Report of the Imperial Institute of Veterinary Research, Muktesar
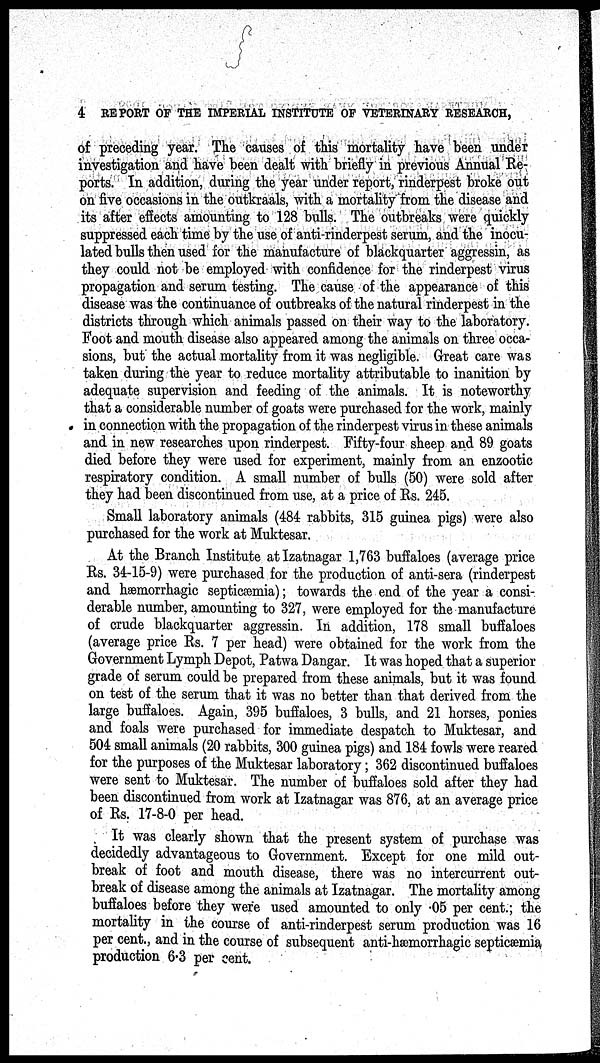
4 REPORT OF THE IMPERIAL INSTITUTE OF VETERINARY RESEARCH,
of preceding year. The causes of this mortality have been under
investigation and have been dealt with briefly in previous Annual Re-
ports. In addition, during the year under report, rinderpest broke out
on five occasions in the outkraals, with a mortality from the disease and
its after effects amounting to 128 bulls. The outbreaks were quickly
suppressed each time by the use of anti-rinderpest serum, and the inocu-
lated bulls then used for the manufacture of blackquarter aggressin, as
they could not be employed with confidence for the rinderpest virus
propagation and serum testing. The cause of the appearance of this
disease was the continuance of outbreaks of the natural rinderpest in the
districts through which animals passed on their way to the laboratory.
Foot and mouth disease also appeared among the animals on three occa-
sions, but the actual mortality from it was negligible. Great care was
taken during the year to reduce mortality attributable to inanition by
adequate supervision and feeding of the animals. It is noteworthy
that a considerable number of goats were purchased for the work, mainly
in connection with the propagation of the rinderpest virus in these animals
and in new researches upon rinderpest. Fifty-four sheep and 89 goats
died before they were used for experiment, mainly from an enzootic
respiratory condition. A small number of bulls (50) were sold after
they had been discontinued from use, at a price of Rs. 245.
Small laboratory animals (484 rabbits, 315 guinea pigs) were also
purchased for the work at Muktesar.
At the Branch Institute at Izatnagar 1,763 buffaloes (average price
Rs. 34-15-9) were purchased for the production of anti-sera (rinderpest
and hæmorrhagic septicæmia); towards the end of the year a consi-
derable number, amounting to 327, were employed for the manufacture
of crude blackquarter aggressin. In addition, 178 small buffaloes
(average price Rs. 7 per head) were obtained for the work from the
Government Lymph Depot, Patwa Dangar. It was hoped that a superior
grade of serum could be prepared from these animals, but it was found
on test of the serum that it was no better than that derived from the
large buffaloes. Again, 395 buffaloes, 3 bulls, and 21 horses, ponies
and foals were purchased for immediate despatch to Muktesar, and
504 small animals (20 rabbits, 300 guinea pigs) and 184 fowls were reared
for the purposes of the Muktesar laboratory; 362 discontinued buffaloes
were sent to Muktesar. The number of buffaloes sold after they had
been discontinued from work at Izatnagar was 876, at an average price
of Rs. 17-8-0 per head.
It was clearly shown that the present system of purchase was
decidedly advantageous to Government. Except for one mild out-
break of foot and mouth disease, there was no intercurrent out-
break of disease among the animals at Izatnagar. The mortality among
buffaloes before they were used amounted to only .05 per cent.; the
mortality in the course of anti-rinderpest serum production was 16
per cent., and in the course of subsequent anti-hæmorrhagic septicæmia
production 6.3 per cent.